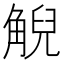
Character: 觬